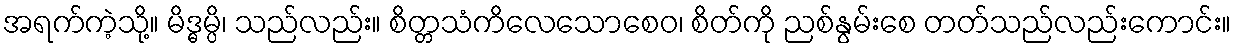
အရက်ကဲ့သို့။ မိဒ္ဓမ္ပိ၊ သည်လည်း။ စိတ္တသံကိလေသောစေဝ၊ စိတ်ကို ညစ်နွမ်းစေ တတ်သည်လည်းကောင်း။